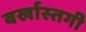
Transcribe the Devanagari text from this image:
बर्खास्‍तगी